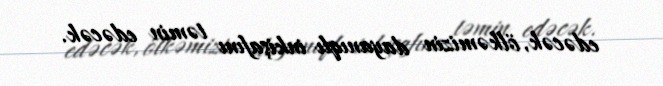
edəcək, ölkəmizin dayanıqlı inkişafını təmin edəcək.